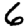
Digit: 6